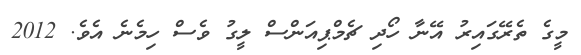
މީގެ ތެރޭގައިރު އޭނާ ހޯދި ޗެމްޕިއަންސް ލީގު ވެސް ހިމެނެ އެވެ. 2012